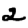
Digit: 2